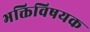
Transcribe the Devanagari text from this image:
भक्तिविषयक